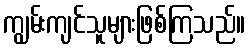
ကျွမ်းကျင်သူများဖြစ်ကြသည်။